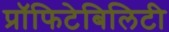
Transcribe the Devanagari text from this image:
प्रॉफिटेबिलिटी